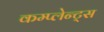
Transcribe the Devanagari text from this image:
कम्प्लेन्ट्स